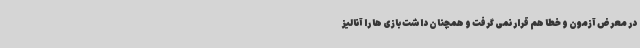
در معرض آزمون و خطا هم قرار نمی گرفت و همچنان داشت بازی ها را آنالیز